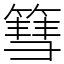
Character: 篲